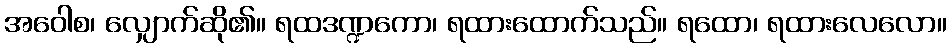
အဝေါစ၊ လျှောက်ဆို၏။ ရထဒဏ္ဍကော၊ ရထားထောက်သည်။ ရထော၊ ရထားလေလော။